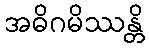
အဓိဂမိဿန္တိ